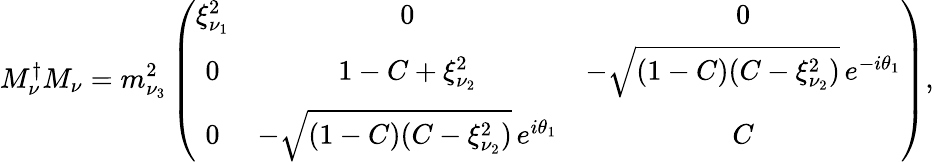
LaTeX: M_{\nu}^{\dagger}M_{\nu}=m_{\nu_{3}}^{2}\left(\begin{array}{ccc}{{\xi_{\nu_{1}}^{2}}}&{{0}}&{{0}}\\ {{0}}&{{1-C+\xi_{\nu_{2}}^{2}}}&{{-\sqrt{(1-C)(C-\xi_{\nu_{2}}^{2})}\, e^{-i\theta_{1}}}}\\ {{0}}&{{-\sqrt{(1-C)(C-\xi_{\nu_{2}}^{2})}\, e^{i\theta_{1}}}}&{{C}}\end{array}\right),